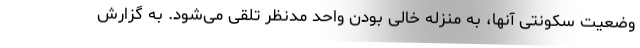
وضعیت سکونتی آنها، به منزله خالی بودن واحد مدنظر تلقی می‌شود. به گزارش